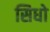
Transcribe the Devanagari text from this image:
सिधो